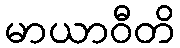
မာယာဝီတိ